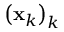
\left( \mathbf { x } _ { k } \right) _ { k }